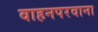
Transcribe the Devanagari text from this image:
वाहनपरवाना